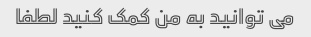
می توانید به من کمک کنید لطفا